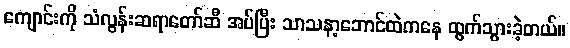
ကျောင်းကို သံလွန်းဆရာတော်ဆီ အပ်ပြီး သာသနာ့ဘောင်ထဲကနေ ထွက်သွားခဲ့တယ်။